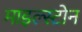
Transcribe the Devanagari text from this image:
माइल्स्टोन